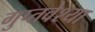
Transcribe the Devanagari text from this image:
गुप्तवेश्या